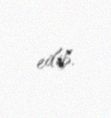
edib.